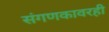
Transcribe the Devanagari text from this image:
संगणकावरही